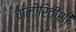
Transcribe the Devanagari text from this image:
चालीरितींशी